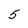
Character: 5